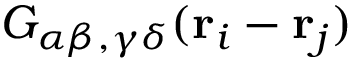
G _ { \alpha \beta , \gamma \delta } ( { \bf r } _ { i } - { \bf r } _ { j } )